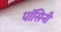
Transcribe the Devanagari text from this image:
पॉसिनी